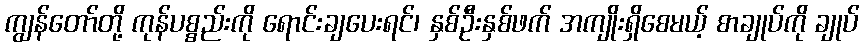
ကျွန်တော်တို့ ကုန်ပစ္စည်းကို ရောင်းချပေးရင်၊ နှစ်ဦးနှစ်ဖက် အကျိုးရှိစေမယ့် စာချုပ်ကို ချုပ်